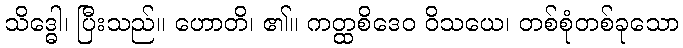
သိဒ္ဓေါ၊ ပြီးသည်။ ဟောတိ၊ ၏။ ကတ္ထစိဒေဝ ဝိသယေ၊ တစ်စုံတစ်ခုသော